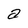
Character: a